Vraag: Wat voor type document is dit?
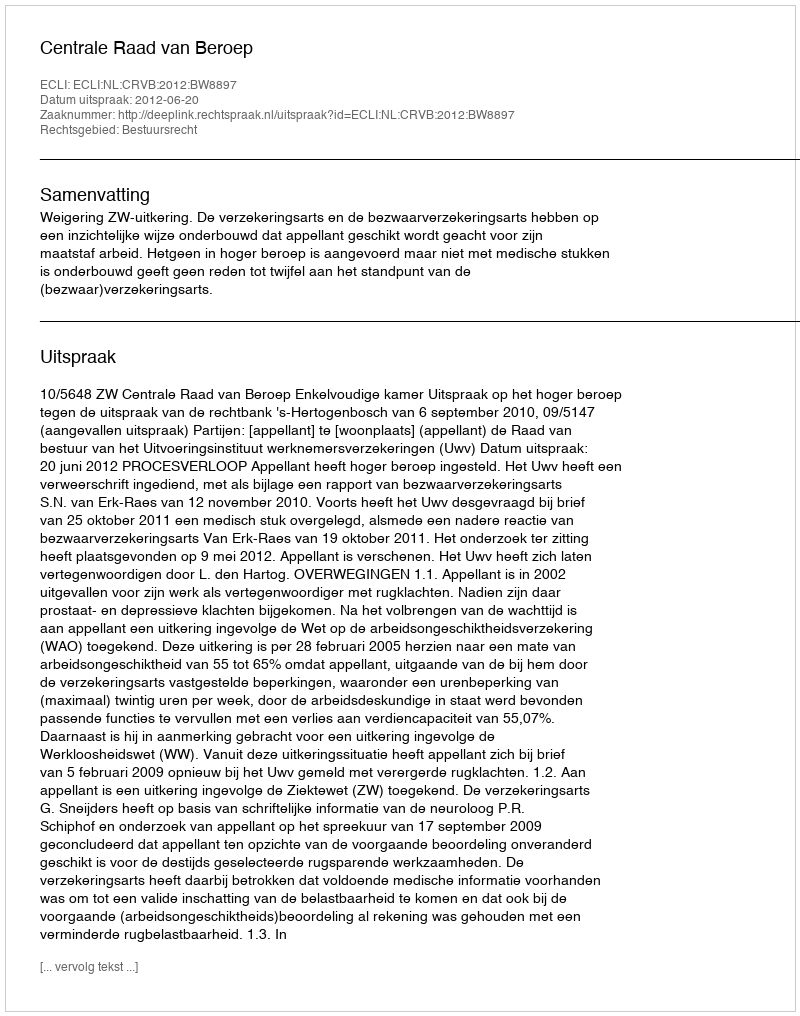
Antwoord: Uitspraak